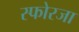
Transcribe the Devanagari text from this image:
स्फोरजा